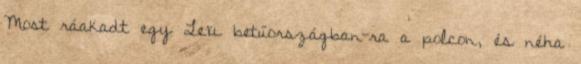
Most ráakadt egy Lexi betűországban-ra a polcon, és néha